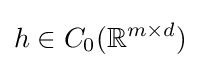
h\in C_{0}(\mathbb {R} ^{m\times d})